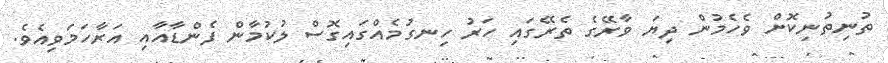
ތުނިތުނިކޮށް ވެހެމުން ދިޔަ ވާރޭގެ ތެރޭގައި ހަރު ހިނގުމެއްގައިގޮސް ލުކުމާން ފެންޑާއާއި އަރާހަމަވިއެވެ.